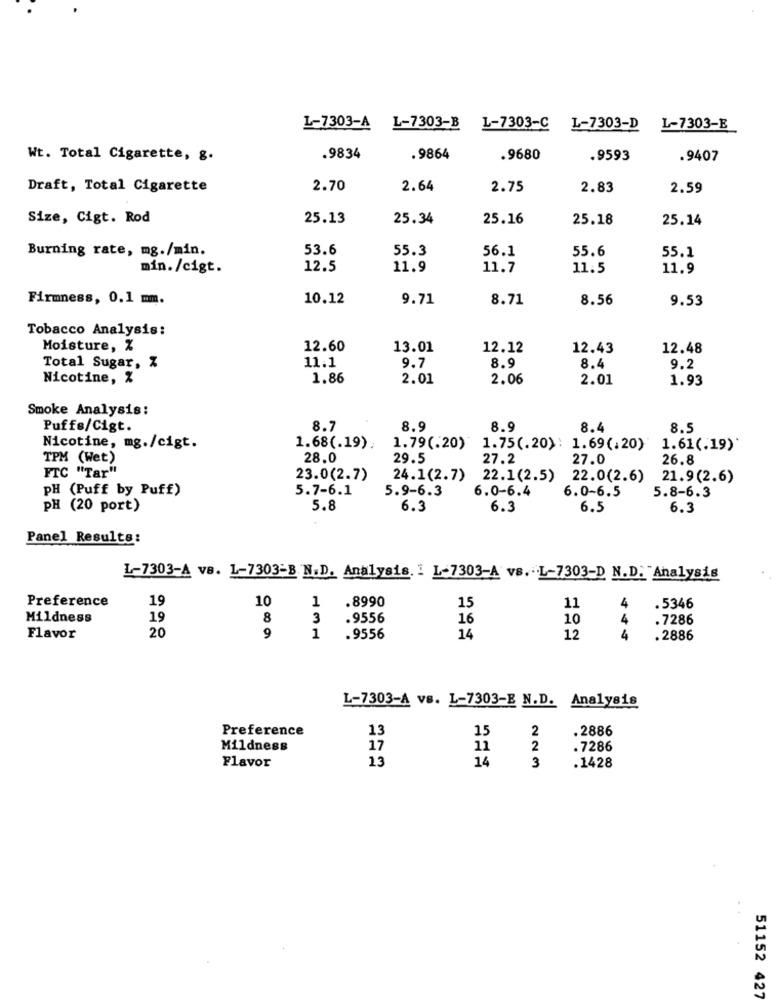
L-7303-A L-7303-B
1-7303-C
L-7303-D
L-7303-E
Wt. Total Cigarette, g.
.9834
.9864
.9680
.9593
.9407
Draft, Total Cigarette
2.70
2.64
2.75
2.83
2.59
Size, Cigt. Rod
25.13
25.34
25.16
25.18
25.14
Burning rate, mg./min.
53.6
55.3
56.1
55.6
55.1
min./cigt.
12.5
11.9
11.7
11.5
11.9
Firmness, 0.1 mm.
10.12
9.71
8.71
8.56
9.53
Tobacco Analysis:
Moisture, %
12.60
13.01
12.12
12.43
12.48
9.7
8.4
Total Sugar, Z
11.1
8.9
9.2
Nicotine, %
1.86
2.01
2.06
2.01
1.93
Smoke Analysis :
Puffs/Cigt.
8.7
8.9
8.9
8.4
8.5
Nicotine, mg./cigt.
1.68(.19)
1.79(.20)
1.75(.20): 1.69(.20)
1.61(.19)
TPM (Wet)
28.0
29.5
27.2
27.0
26.8
FTC "Tar"
23.0(2.7)
24.1(2.7) 22.1(2.5)
22.0(2.6)
21.9(2.6)
PH (Puff by Puff)
5.7-6.1
5.9-6.3
6.0-6.4
6.0-6.5
5.8-6.3
PH (20 port)
5.8
6.3
6.3
6.5
6.3
Panel Results:
L-7303-A vB. L-7303=B.N.D. Analysis. i L-7303-A vs. L-7303-D N.D. Analysis
Preference
19
10
1
.8990
15
11
4
. 5346
Mildness
19
8
3
.9556
16
10
4
.7286
20
Flavor
9
1
.9556
14
12
4
.2886
L-7303-A vs. L-7303-E N.D. Analysis
Preference
13
15
2
.2886
Mildness
17
11
2
.7286
Flavor
13
14
3
.1428
51152 427